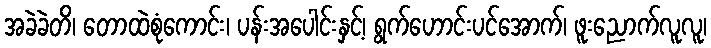
အခဲခဲတိ၊ တောထဲစုံကောင်း၊ ပန်းအပေါင်းနှင့်၊ ရွက်ဟောင်းပင်အောက်၊ ဖူးညောက်လူလူ၊